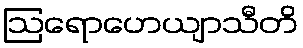
ဩရောဟေယျာသီတိ